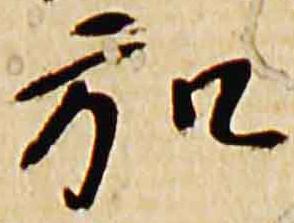
弘